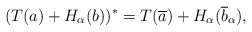
\begin{align*}(T(a)+H_{\alpha}(b))^*=T(\overline{a})+H_{\alpha}(\overline{b}_\alpha), \end{align*}